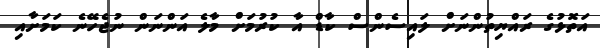
އަތޮޅުގެ ރައްޔިތުންނަށް ލައިސެންސް ކާޑް އާ ކުރުމަށް މާލެ އަންނަން ނުޖެހޭނެ ކަމަށާއި